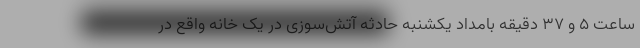
ساعت 5 و 37 دقیقه بامداد یکشنبه حادثه آتش‌سوزی در یک خانه واقع در